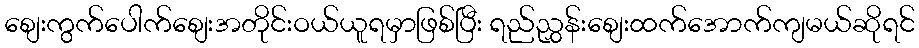
စျေးကွက်ပေါက်စျေးအတိုင်းဝယ်ယူရမှာဖြစ်ပြီး ရည်ညွှန်းစျေးထက်အောက်ကျမယ်ဆိုရင်